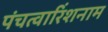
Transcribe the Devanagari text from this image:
पंचत्वारिंशनाम